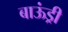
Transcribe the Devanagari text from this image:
बाऊंड्री